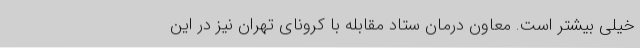
خیلی بیشتر است. معاون درمان ستاد مقابله با کرونای تهران نیز در این